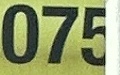
075